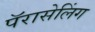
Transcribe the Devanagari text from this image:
पॅरासेलिंग